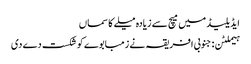
ایڈیلیڈ میں میچ سے زیادہ میلے کا سماں
ہیملٹن: جنوبی افریقہ نے زمبابوے کو شکست دے دی